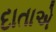
દાતાએ